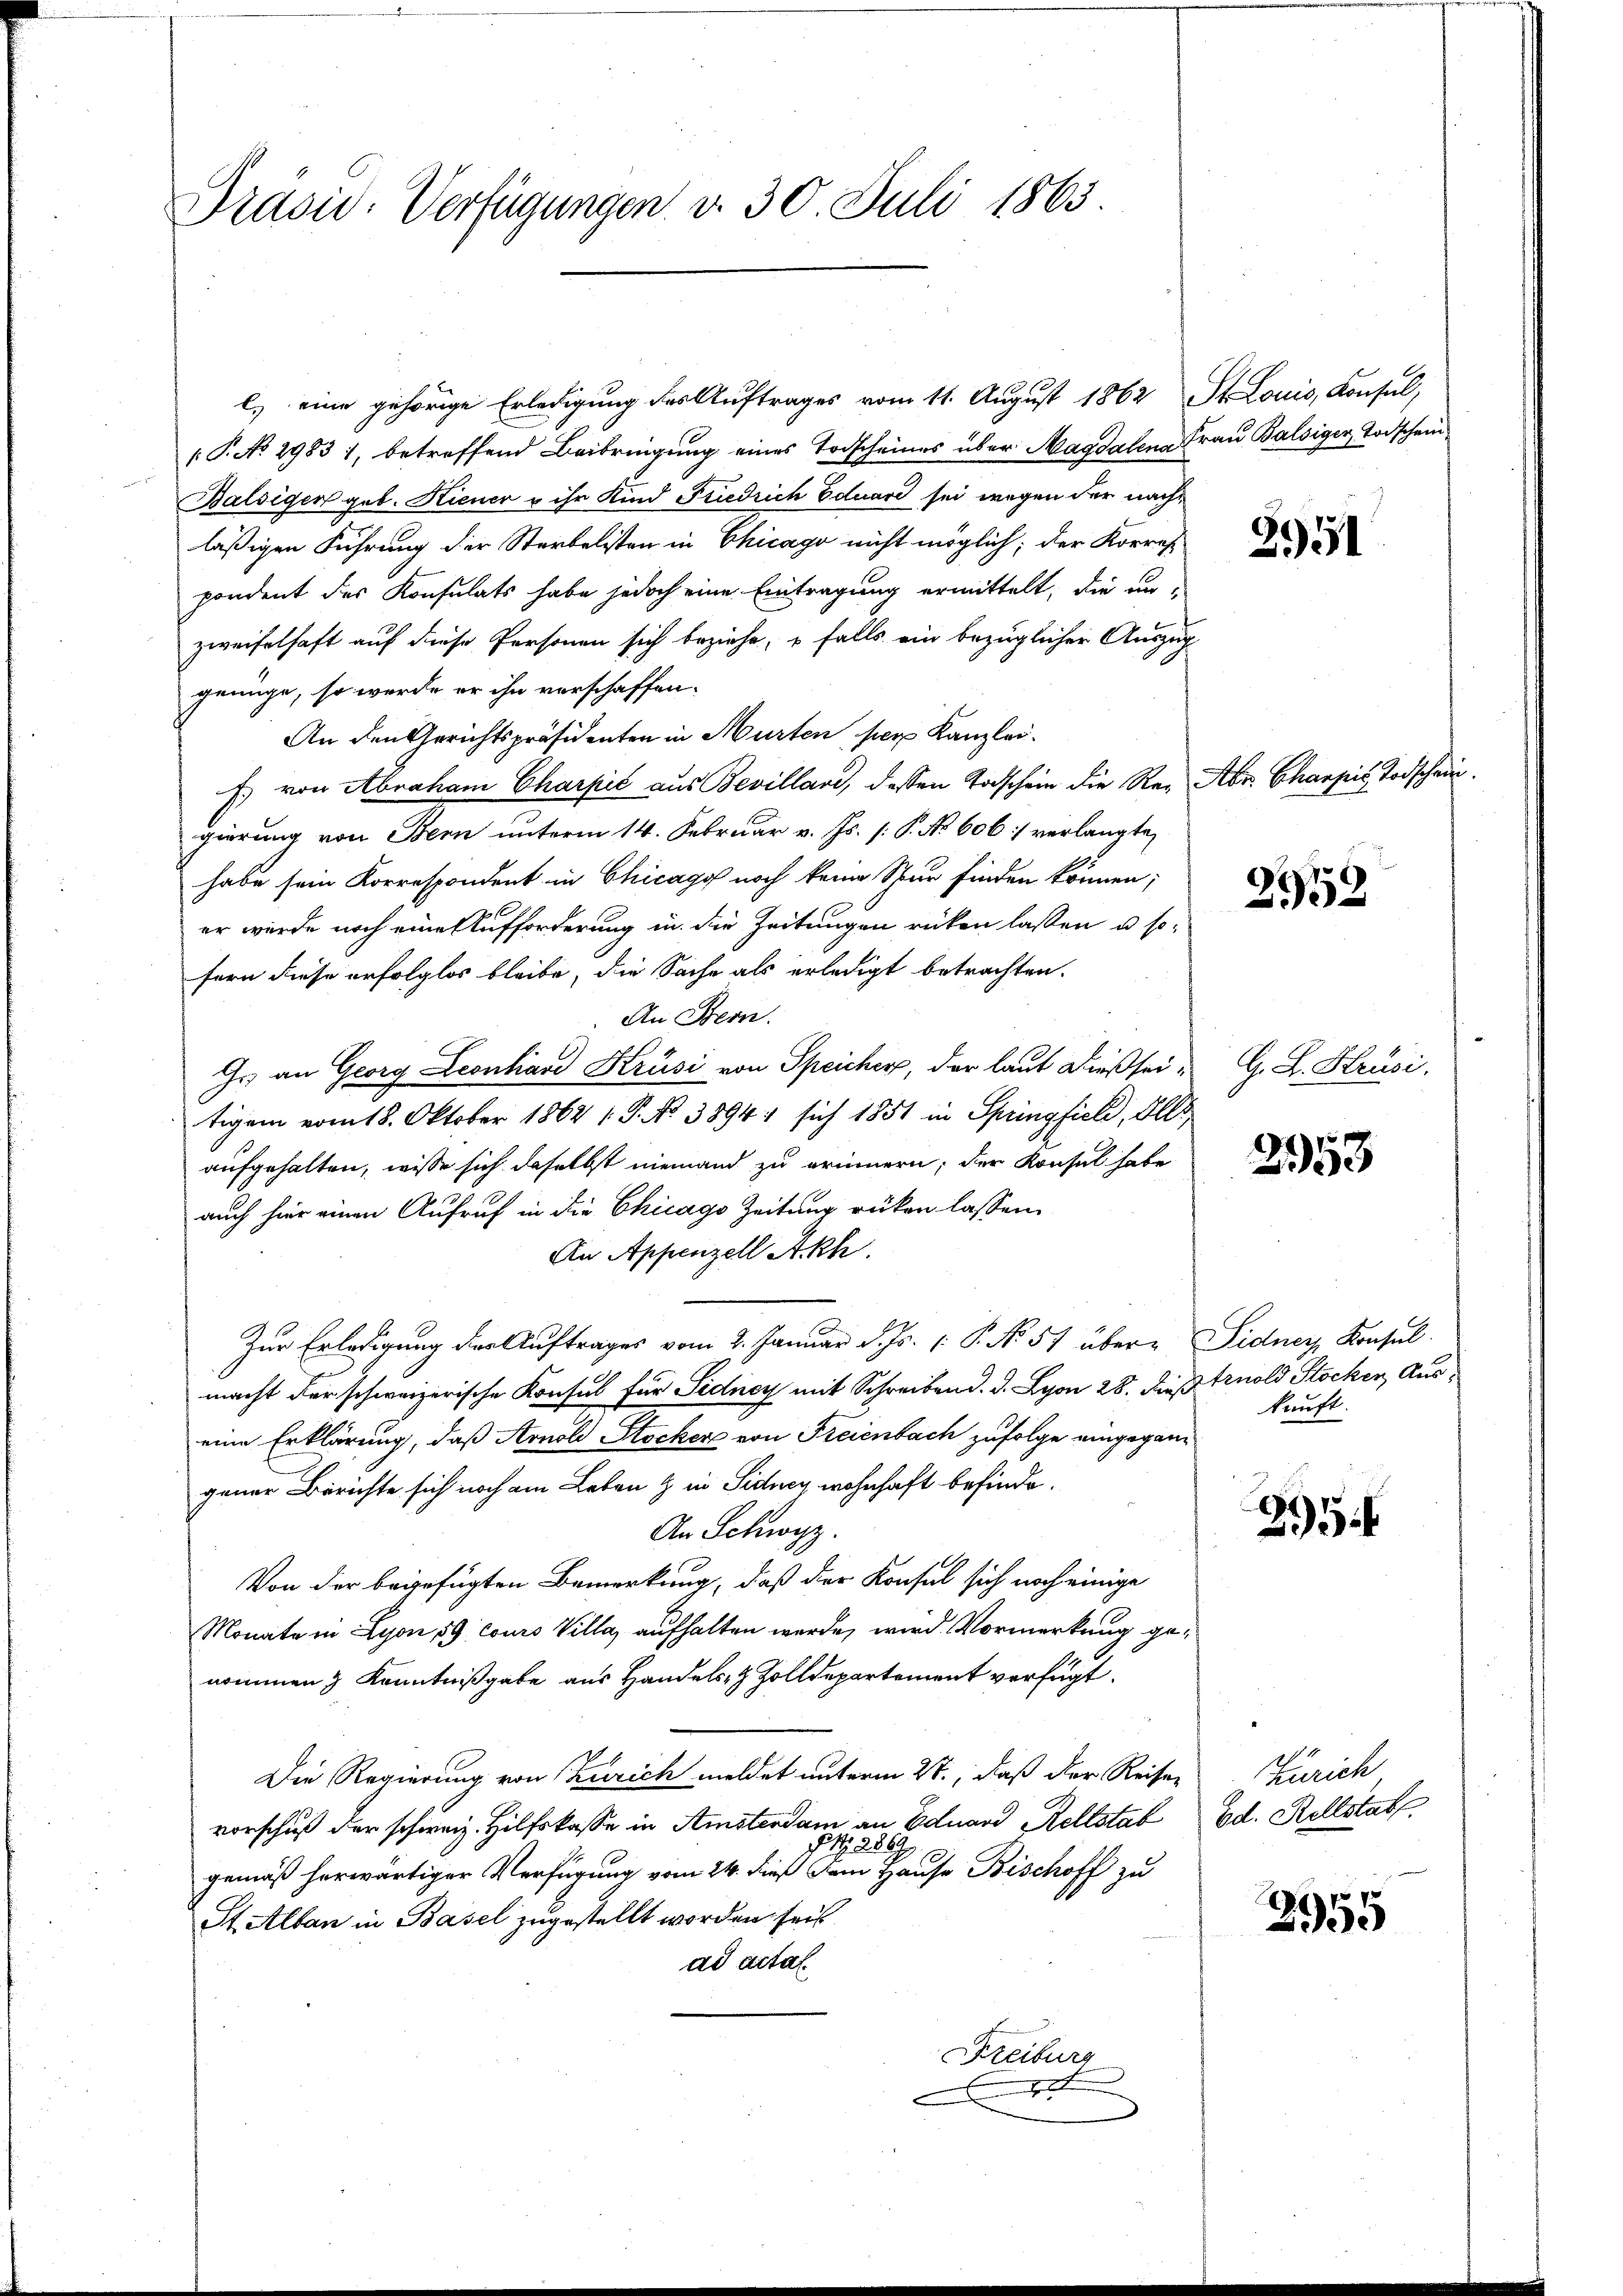
Präsid. Verfügungen d. 30. Juli 1865

l.) eine gehörige Erledigung des Auftrages vom 11. August 1862 St. Louis, Konsul,
 P. No 29831, betreffend Beibringung eines Todscheines über Magdalena Frau Balsiger, Todschein
Balsigen geb. Hiener u ihr Kind Friedrich Eduard sei wegen der nachläßigen Führung der Sterbelisten in Chicago nicht möglich; der Korres
pondent des Konsulats habe jedoch eine Eintragung ermittelt, die un-
zweifelhaft auf diese Personen sich beziehe, falls ein bezüglicher Auszug
genüge, so werde er ihn verschaffen.
An den Gerichtspräsidenten in Murten per Kanzlei.
f) von Abraham Charpić aus Bevillard, dessen Todschein die Re-Abr Charpis Todschein
gierung von Bern unterm 14. Februar v. Js. s: P. No 606 :/ verlangte
habe sein Korrespondent in Chicago noch keine Spur finden können;
er wurde noch eine Aufforderung in die Zeitungen rücken lassen u. sofern diese erfolglos bleibe, die Sache als erledigt betrachten.
An Bern.
In an Georg Leonhard Krüsi von Speicher, der laut dießseitigem vom 18. Oktober 1862 1.P. No 38941 sich 1851 in Springfiele, Alls
aufgehalten, wisse sich daselbst niemand zu erinnern, der Konsul habe
auch hier einen Aufruf in die Chicago Zeitung rüken lassen.
An Appenzell Akh.
Zur Erledigung der Auftrages vom 2. Januar d. Js. [ P. No. 57 über Sidner Konsul
macht der schweizerische Konsul für Sidney mit Schreiben d. J. Lyon 28. Die Arnold Stocker, Aus-
eine Erklärung, daß Arnold Stocker von Freienbach zufolge eingegangener Berichte sich noch am Leben & in Sidney wohnhaft befinde.
An Schwyz.
Von der begefügten Bemerkung, daß der Konsul sich noch einige
Monate in Lyon 19 cours Villa aufhalten werde, wird Vormerkung genommen & Kenntnißgabe aus Handels- & Zolldepartement verfügt.
Die Regierung von Zürich meldet unterm 2t., daß der Reisen
vorschuß der schweiz. Hilfskasse in Amstendam an Eduard Rellstab
12869
gemäß herwärtiger Verfügung vom 24. dieß dem Hause Bischoff zu
St. Alban in Basel zugestellt worden seit
ad actal
Freiburg
x

2991

2959

G. L. Strusi.

253

kunft.

295

Zürich
Ed. Rellstatt.

2955